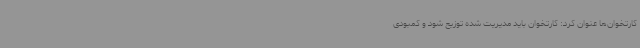
کارتخوان‌ها عنوان کرد: کارتخوان باید مدیریت‌ شده توزیع شود و کمبودی